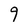
Character: 9